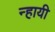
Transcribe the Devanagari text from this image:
न्हायी